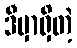
ဒီမှာရှိတဲ့